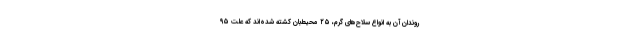
روندان آن به انواع سلاح‌های گرم، ۲۵ محیط‌بان کشته شده‌اند که علت ۹۵